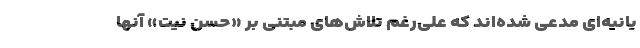
یانیه‌ای مدعی شده‌اند که علی‌رغم تلاش‌های مبتنی بر «حسن نیت» آنها